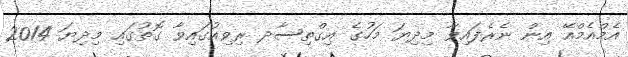
އެމްއެމްއޭ އިން ނެރެފައިވާ މިދިޔަ މަހުގެ އިގްތިސާދ ރިވިއުގައިވާ ގޮތުގައި މިދިޔަ 2014